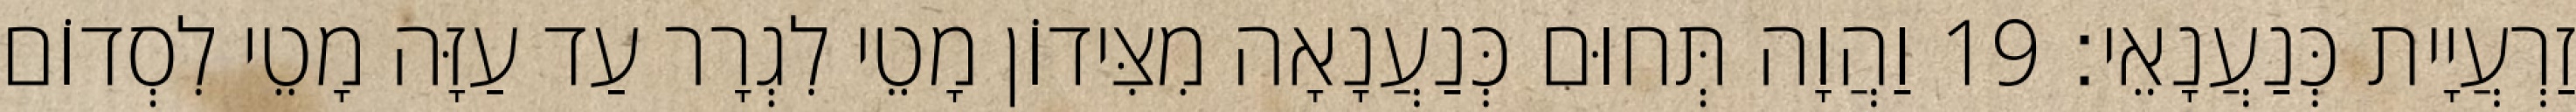
זַרְעֲיָית כְּנַעֲנָאֵי׃ 19 וַהֲוָה תְּחוּם כְּנַעֲנָאָה מִצִּידוֹן מָטֵי לִגְרָר עַד עַזָּה מָטֵי לִסְדוֹם